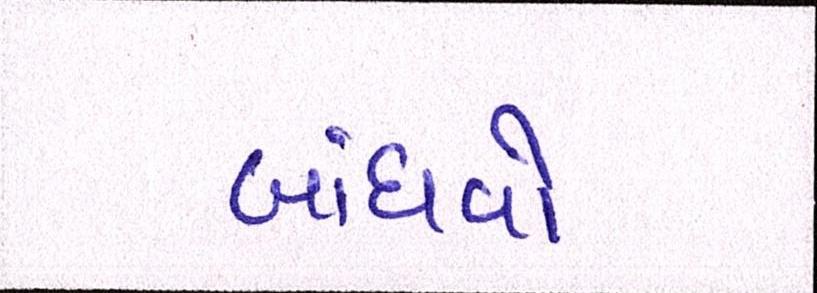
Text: બાંધવો